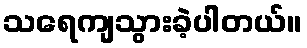
သရေကျသွားခဲ့ပါတယ်။